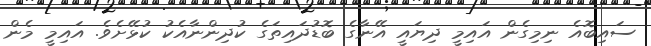
ސައިބޮއެ ނިމިގެން އައިމީ ދިޔައީ އޭނާގެ ބޮޑުދައިތަގެ ކުދިންނާއެކު ކުޅޭށެވެ. އައިމީ މެން